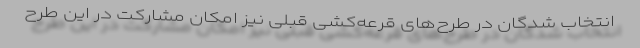
انتخاب شدگان در طرح‌های قرعه‌کشی قبلی نیز امکان مشارکت در این طرح